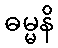
ဓမ္မနိ